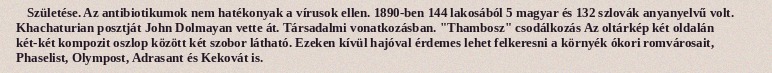
Születése. Az antibiotikumok nem hatékonyak a vírusok ellen. 1890-ben 144 lakosából 5 magyar és 132 szlovák anyanyelvű volt. Khachaturian posztját John Dolmayan vette át. Társadalmi vonatkozásban. "Thambosz" csodálkozás Az oltárkép két oldalán két-két kompozit oszlop között két szobor látható. Ezeken kívül hajóval érdemes lehet felkeresni a környék ókori romvárosait, Phaselist, Olympost, Adrasant és Kekovát is.